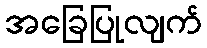
အခြေပြုလျက်